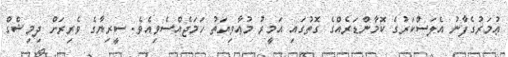
ޢުމަރުގެފާނު އެލަސްކަރުގެ ކޮމާންޑަރެއްގެ ގޮތުގައި އަމީރު މުޢާވިޔަތު ހަމަޖެއްސެވިއެވެ. ސީރިޔާގެ ވެރިރަށް ދިމިޝްގް